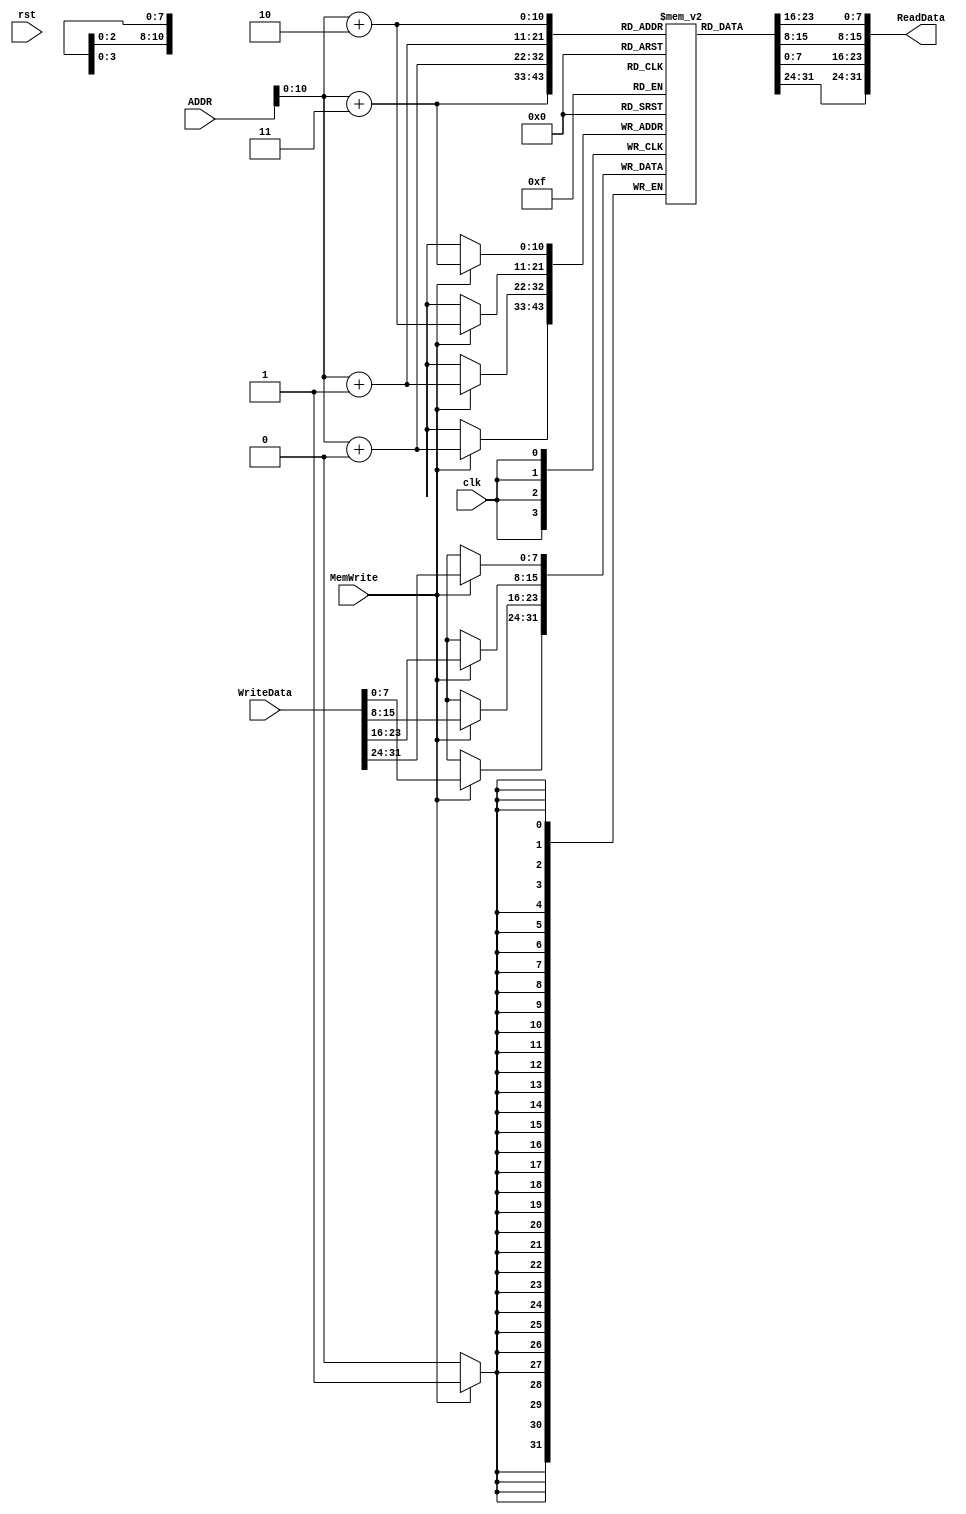
module data_mem(
		output [31:0] ReadData,
		input [31:0]  ADDR, WriteData,
		input 	      clk, rst, MemWrite
		);

   reg [7:0] 		      MEM_Data [0:1024];
   //reg [7:0] MEM_Data [32'hfffffde0:32'hffffffe0];



   assign ReadData = {MEM_Data[ADDR+3], MEM_Data[ADDR+2], MEM_Data[ADDR+1], MEM_Data[ADDR+0]};

   always @ (posedge clk) begin
      if (MemWrite) begin
         MEM_Data[ADDR+3] <= WriteData[31:24]; //  Decoder .
         MEM_Data[ADDR+2] <= WriteData[23:16];
         MEM_Data[ADDR+1] <= WriteData[15:8];
	 MEM_Data[ADDR+0] <= WriteData[7:0];
      end
   end

endmodule